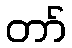
တာ်